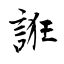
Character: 誑